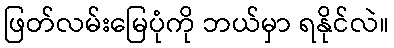
ဖြတ်လမ်းမြေပုံကို ဘယ်မှာ ရနိုင်လဲ။